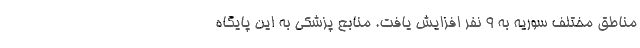
مناطق مختلف سوریه به ۹ نفر افزایش یافت. منابع پزشکی به این پایگاه